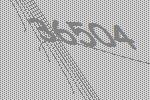
36504